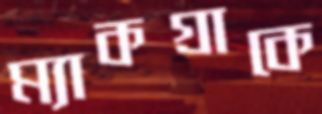
ম্যাকগ্রাকে